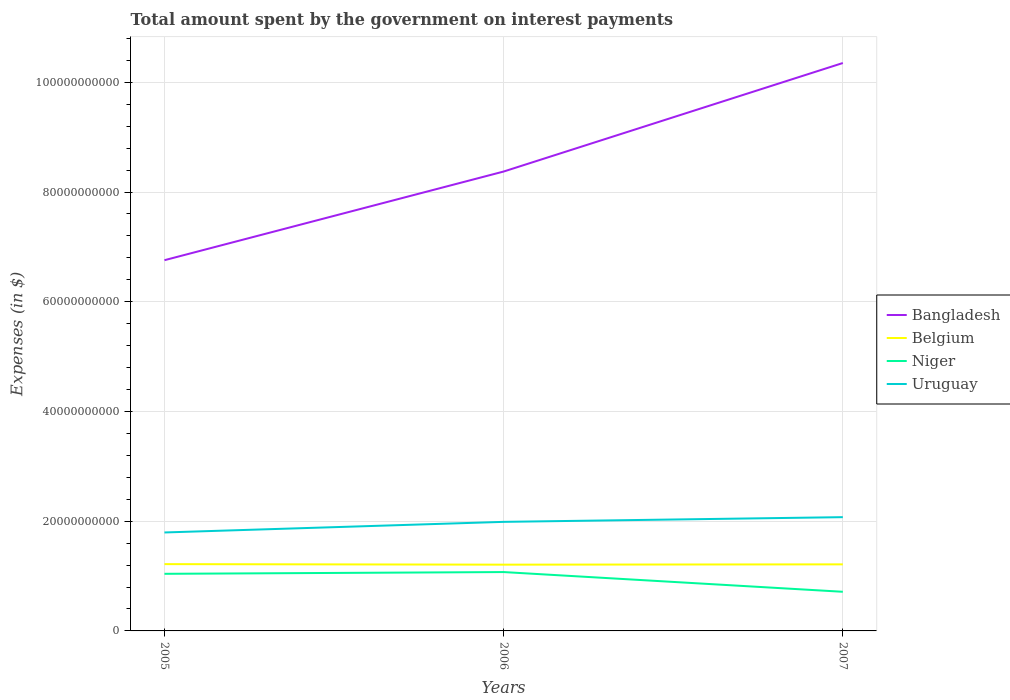
| Years | Bangladesh | Belgium | Niger | Uruguay |
 | --- | --- | --- | --- | --- |
 | 2005 | 6.76e+10 | 1.22e+10 | 1.04e+10 | 1.79e+10 |
 | 2006 | 8.37e+10 | 1.21e+10 | 1.07e+10 | 1.99e+10 |
 | 2007 | 1.04e+11 | 1.21e+10 | 7.13e+09 | 2.07e+10 |